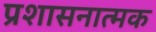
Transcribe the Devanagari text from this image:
प्रशासनात्मक